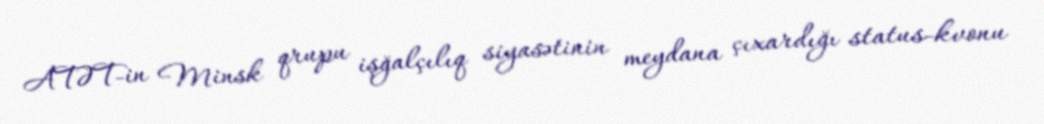
ATƏT-in Minsk qrupu işğalçılıq siyasətinin meydana çıxardığı status-kvonu